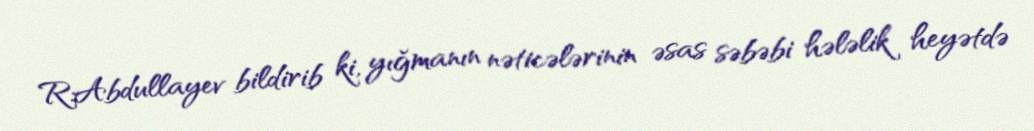
R.Abdullayev bildirib ki, yığmanın nəticələrinin əsas səbəbi hələlik heyətdə